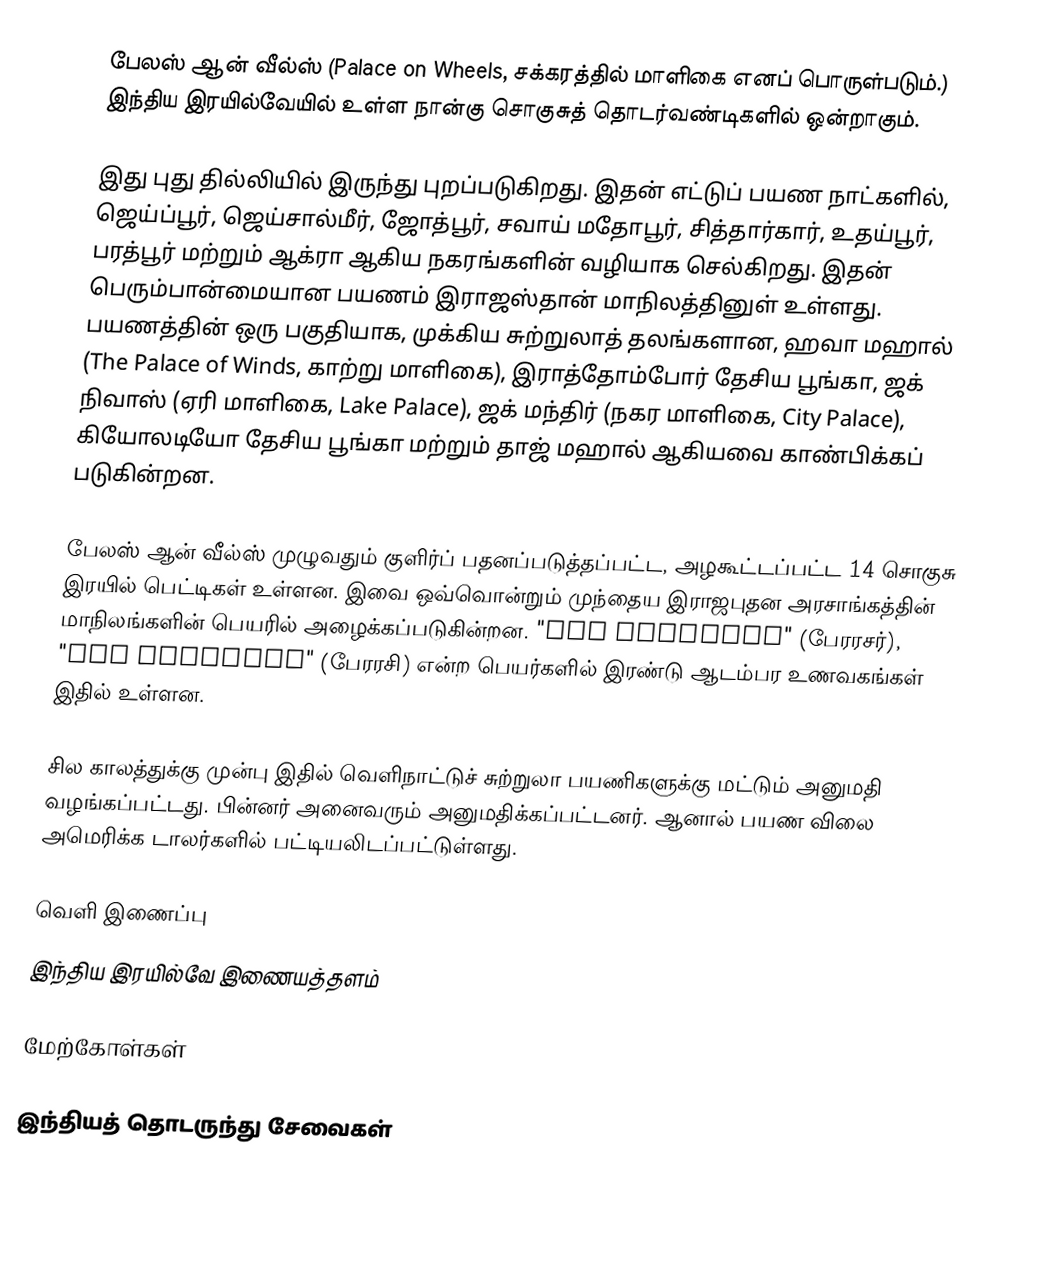
பேலஸ் ஆன் வீல்ஸ் (Palace on Wheels, சக்கரத்தில் மாளிகை எனப் பொருள்படும்.) இந்திய இரயில்வேயில் உள்ள நான்கு சொகுசுத் தொடர்வண்டிகளில் ஒன்றாகும்.

இது புது தில்லியில் இருந்து புறப்படுகிறது. இதன் எட்டுப் பயண நாட்களில், ஜெய்ப்பூர், ஜெய்சால்மீர், ஜோத்பூர், சவாய் மதோபூர், சித்தார்கார், உதய்பூர், பரத்பூர் மற்றும் ஆக்ரா ஆகிய நகரங்களின் வழியாக செல்கிறது. இதன் பெரும்பான்மையான பயணம் இராஜஸ்தான் மாநிலத்தினுள் உள்ளது. பயணத்தின் ஒரு பகுதியாக, முக்கிய சுற்றுலாத் தலங்களான, ஹவா மஹால் (The Palace of Winds, காற்று மாளிகை), இராத்தோம்போர் தேசிய பூங்கா, ஜக் நிவாஸ் (ஏரி மாளிகை, Lake Palace), ஜக் மந்திர் (நகர மாளிகை, City Palace), கியோலடியோ தேசிய பூங்கா மற்றும் தாஜ் மஹால் ஆகியவை காண்பிக்கப் படுகின்றன.

பேலஸ் ஆன் வீல்ஸ் முழுவதும் குளிர்ப் பதனப்படுத்தப்பட்ட, அழகூட்டப்பட்ட 14 சொகுசு இரயில் பெட்டிகள் உள்ளன. இவை ஒவ்வொன்றும் முந்தைய இராஜபுதன அரசாங்கத்தின் மாநிலங்களின் பெயரில் அழைக்கப்படுகின்றன. "The Maharaja" (பேரரசர்), "The Maharani" (பேரரசி) என்ற பெயர்களில் இரண்டு ஆடம்பர உணவகங்கள் இதில் உள்ளன.

சில காலத்துக்கு முன்பு இதில் வெளிநாட்டுச் சுற்றுலா பயணிகளுக்கு மட்டும் அனுமதி வழங்கப்பட்டது. பின்னர் அனைவரும் அனுமதிக்கப்பட்டனர். ஆனால் பயண விலை அமெரிக்க டாலர்களில் பட்டியலிடப்பட்டுள்ளது.

வெளி இணைப்பு
 இந்திய இரயில்வே இணையத்தளம்

மேற்கோள்கள்

இந்தியத் தொடருந்து சேவைகள்